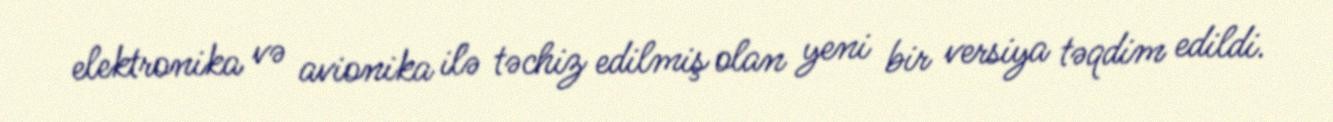
elektronika və avionika ilə təchiz edilmiş olan yeni bir versiya təqdim edildi.